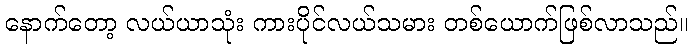
နောက်တော့ လယ်ယာသုံး ကားပိုင်လယ်သမား တစ်ယောက်ဖြစ်လာသည်။